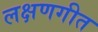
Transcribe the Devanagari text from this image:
लक्षणगीत